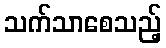
သက်သာစေသည့်